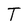
Character: T